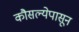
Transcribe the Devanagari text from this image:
कौसल्येपासून